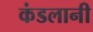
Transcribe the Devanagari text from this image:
कंडलानी